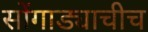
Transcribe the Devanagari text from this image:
सोंगाड्याचीच